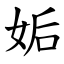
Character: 姤